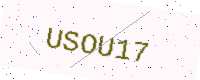
Text: USOU17